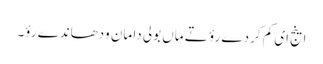
اینج ای کم کردے رؤ تے ماں بولی دا مان ودھاندے رؤ۔